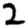
Digit: 2